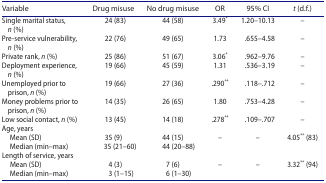
<table><thead><tr><td><b>Variable</b></td><td><b>Drug misuse</b></td><td><b>No drug misuse</b></td><td><b>OR</b></td><td><b>95% CI</b></td><td><b><i>t</i> (d.f.)</b></td></tr></thead><tbody><tr><td>Single marital status, <i>n</i> (%)</td><td>24 (83)</td><td>44 (58)</td><td>3.49<sup>*</sup></td><td>1.20–10.13</td><td>–</td></tr><tr><td>Pre-service vulnerability, <i>n</i> (%)</td><td>22 (76)</td><td>49 (65)</td><td>1.73</td><td>.655–4.58</td><td>–</td></tr><tr><td>Private rank, <i>n</i> (%)</td><td>25 (86)</td><td>51 (67)</td><td>3.06<sup>*</sup></td><td>.962–9.76</td><td>–</td></tr><tr><td>Deployment experience, <i>n</i> (%)</td><td>19 (66)</td><td>45 (59)</td><td>1.31</td><td>.536–3.19</td><td>–</td></tr><tr><td>Unemployed prior to prison, <i>n</i> (%)</td><td>19 (66)</td><td>27 (36)</td><td>.290<sup>**</sup></td><td>.118–.712</td><td>–</td></tr><tr><td>Money problems prior to prison, <i>n</i> (%)</td><td>14 (35)</td><td>26 (65)</td><td>1.80</td><td>.753–4.28</td><td>–</td></tr><tr><td>Low social contact, <i>n</i> (%)</td><td>13 (45)</td><td>14 (18)</td><td>.278<sup>**</sup></td><td>.109–.707</td><td>–</td></tr><tr><td>Age, years </td><td> </td><td> </td><td> </td><td> </td><td> </td></tr><tr><td> Mean (SD)</td><td>35 (9)</td><td>44 (15)</td><td>–</td><td>–</td><td>4.05<sup>**</sup> (83)</td></tr><tr><td> Median (min–max)</td><td>35 (21–60)</td><td>44 (20–88)</td><td> </td><td> </td><td> </td></tr><tr><td>Length of service, years </td><td> </td><td> </td><td> </td><td> </td><td> </td></tr><tr><td> Mean (SD)</td><td>4 (3)</td><td>7 (6)</td><td>–</td><td>–</td><td>3.32<sup>**</sup> (94)</td></tr><tr><td> Median (min–max)</td><td>3 (1–15)</td><td>6 (1–30)</td><td> </td><td> </td><td> </td></tr></tbody></table>